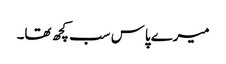
میرے پاس سب کچھ تھا۔